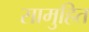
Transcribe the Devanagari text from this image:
सामुहित